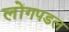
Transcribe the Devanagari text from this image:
लोंगपडल